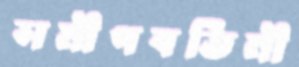
সমীপবর্তিনী